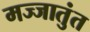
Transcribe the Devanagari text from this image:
मज्जातुंत